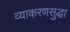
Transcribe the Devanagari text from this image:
व्याकरणसुद्धा